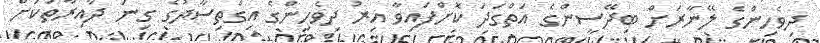
ދިވެހިންގެ ލޭނާރަށް ބިދޭސީންގެ އަތްގަދަ ކޮށްފައިވާ އިރު ދިވެހިންގެ އިގްތިސާދުގެ ގިނަ ދާއިރާތަކަށް